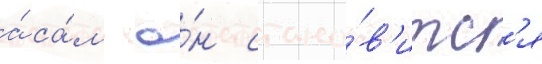
а́ са́м о́н стано́в'итс'я